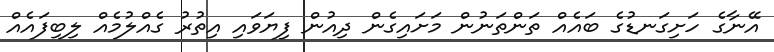
އޭނާގެ ހަށިގަނޑުގެ ބައެއް ތަންތަނުން މަށައިގެން ދިއުން ފިޔަވައި އިތުރު ގެއްލުމެއް ލިބިފައެއް